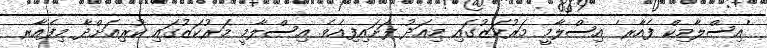
'އިސްލާމިކް ފެއާރ' އިސްލާމީ މަރުކަޒުގައި މިއަދު ފަށައިފިއެވެ. އިސްލާމީ މަރުކަޒުގައި ކުރިއަށްދާ މިފެއާރ